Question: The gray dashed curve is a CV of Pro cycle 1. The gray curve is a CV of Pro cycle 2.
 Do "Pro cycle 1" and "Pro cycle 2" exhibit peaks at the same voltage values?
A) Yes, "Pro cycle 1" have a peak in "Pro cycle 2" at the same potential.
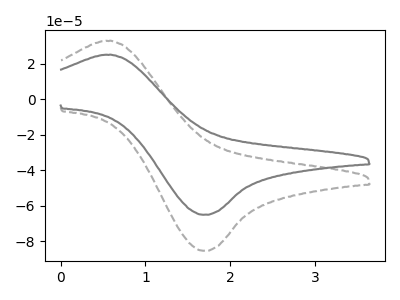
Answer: <think>The gray dashed curve "Pro cycle 1" has an anodic peak at (0.60V, 33.10uA) and a cathodic peak at (1.70V, -85.50uA). The gray curve "Pro cycle 2" has an anodic peak at (0.60V, 25.20uA) and a cathodic peak at (1.70V, -65.15uA).</think>
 <answer>A) Yes, "Pro cycle 1" have a peak in "Pro cycle 2" at the same potential.</answer>
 <eval>A</eval>